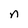
Character: n